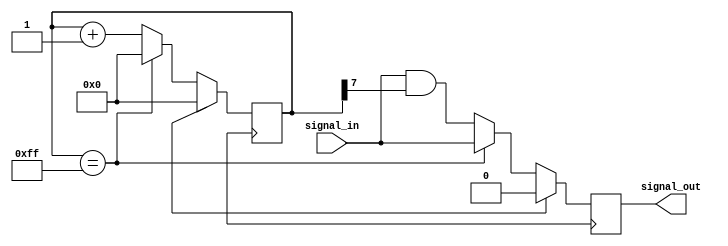
module timing_control_and_sync (
  input wire signal_in,
  output reg signal_out
);

reg [7:0] delay_count;
wire delayed_signal;
reg delayed_signal_reg;

assign delayed_signal = signal_in & delay_count[7];
assign signal_out = delayed_signal_reg;

always @(posedge clk) begin
  if (reset) begin
    delay_count <= 8'b00000000;
    delayed_signal_reg <= 1'b0;
  end else begin
    if (delay_count == 8'b11111111) begin
      delay_count <= 8'b00000000;
      delayed_signal_reg <= signal_in;
    end else begin
      delay_count <= delay_count + 1;
      delayed_signal_reg <= delayed_signal;
    end
  end
end

endmodule